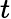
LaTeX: t